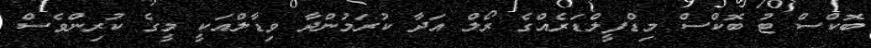
ބޮކްސް ޓު ބޮކްސް މިޑްފީލްޑަރެއްގެ ރޯލް އަދާ ކުރަމުންދާ ވިޑާލްއަކީ މީގެ ކުރިންވެސް